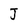
Character: J